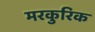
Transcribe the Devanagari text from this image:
मरकुरिक